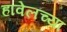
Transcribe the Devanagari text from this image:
हावेलच्या